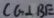
C G \bot B E